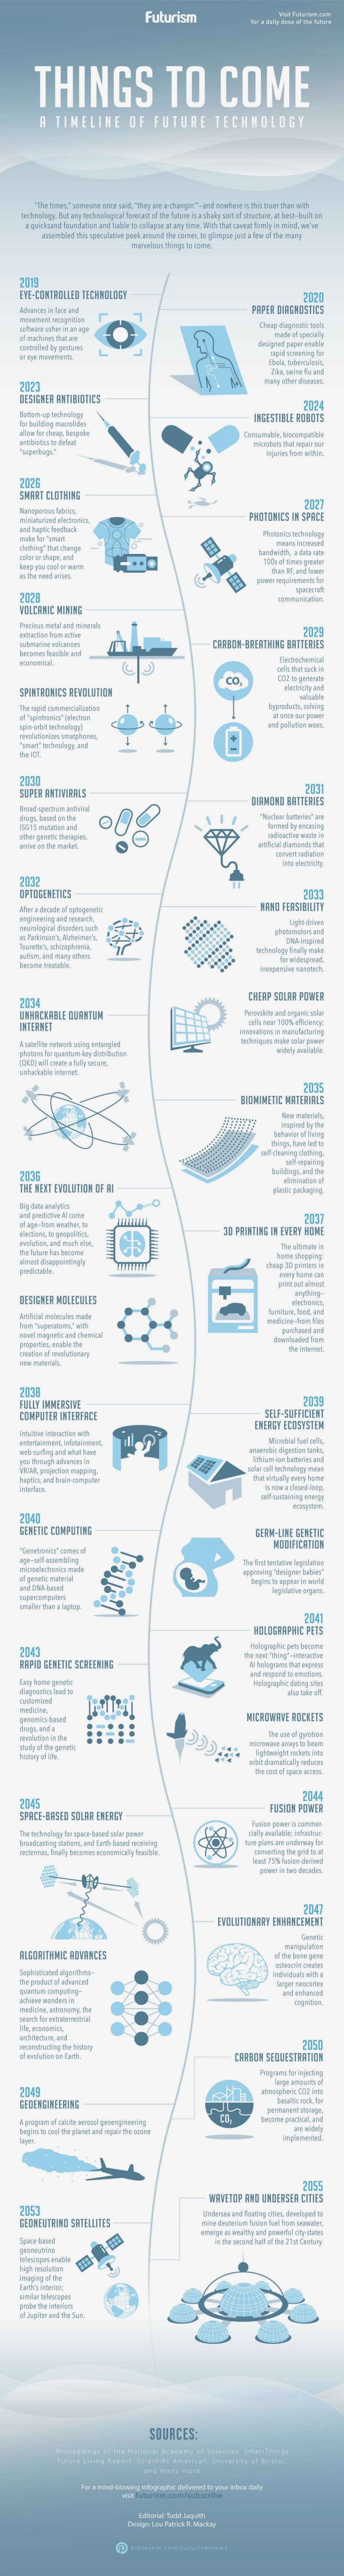
Futurism
     THINGS    TO    COME
     A TIMELINE   OF FUTURE   TECHNOLOGY
     morethat things to some
   EYE-CENTROLLEN DECANDIDGY
   2019
     2020
     PEPER DIAGNOSTICS
     Cheap degentic tedh
   2023
   DESIGNER ESTIMERES    2004
   Bumom-up techdiogr    IDEESTIBLE ROBOTS
   2006
   SMART CLOTHING
     2127
     PHOTONICS IN SPACE
   Nothing' thet themgye
   2008
     3029
     CARSON-BRERTA DE BRITERNES
     CO.
   SPIRTROPICS REVOLUTION
   The split commercialcution
     and pollution woet.
   SUPER FRITAGRLS
     20031
   Broad sperzum aathlal
     CARMEND BATTERIES
   2032
   EPICGLMEINS
     WERD FERSIBILITY
     for widirpor
   2004    CHEAP SOLAR POWER
   LWERCKRELE CUENTUM
   INTERNET
   photon for quantum kay danibution
     2035
     BOMMENE MATERIAIS
     things Mevr led !!
   2005
   THE NEXT ENDINTION CF MI
     30 PRINTING IN EVERY NOME
     211
     home shopping:
   DESISMER MOLECULES
     anything-
     un, food, and
   mivel magnetic at chemical
   2009
   FULLY IMMERSIVE
   COMPUTER INTERFACE
     ENERGY ECOSYSTEM
   wita/talanest, inbtalanest,    Microblal tuel oulis,
   weboonting ent whatibeyt
   TI MA, projection mapping.
   2040
   GENETIC COMPUTING    GERN-UINEGENINE
     2141
     HOLOGRAPHIC PETS
   2043
   RAPID GENETIC SCREENING
     MICHENNVE BECGETS
     The mne of gyomes
   2045
     214
   SPACE-BASED SOLAR ENERGY
     FUSION POWER
     cully wellble; ishetrat
     EVELUDICOBRY ENHANCEMENT
     2041
   quantum computing-
   wohlever wonder in
     205
     CARBON SELLESTRAMIEN
   2049
   GEOENGINEERING
     permanent image.
     WWVETEP FOD UNDERSER CITIES
     2055
   2052
   CEOMEUTHIND SATELLITES
     Undersea and Routing does, developed to
   probe the interior
     SOURCES: